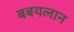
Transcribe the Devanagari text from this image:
बबयलान